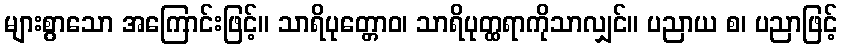
များစွာသော အကြောင်းဖြင့်။ သာရိပုတ္တောဝ၊ သာရိပုတ္ထရာကိုသာလျှင်။ ပညာယ စ၊ ပညာဖြင့်